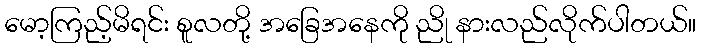
မော့ကြည့်မိရင်း စူလတို့ အခြေအနေကို ညို နားလည်လိုက်ပါတယ်။